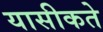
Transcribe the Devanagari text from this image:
यासीकते